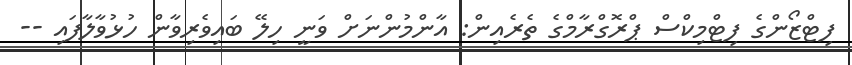
ފިޓްޒޯންގެ ފިޓްމިކްސް ޕްރޮގްރާމްގެ ތެރެއިން: އާންމުންނަށް ވަނީ ހިލޭ ބައިވެރިވާން ހުޅުވާލާފައި --